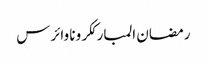
رمضان المبارککرونا وائرس